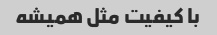
با کیفیت مثل همیشه